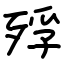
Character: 殍